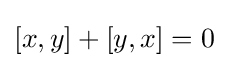
[x,y]+[y,x]=0